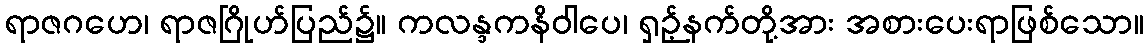
ရာဇဂဟေ၊ ရာဇဂြိုဟ်ပြည်၌။ ကလန္ဒကနိဝါပေ၊ ရှဉ့်နက်တို့အား အစားပေးရာဖြစ်သော။